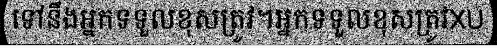
ទៅនឹងអ្នកទទួលខុសត្រូវ។អ្នកទទួលខុសត្រូវXU